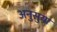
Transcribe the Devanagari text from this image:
अनुसुया